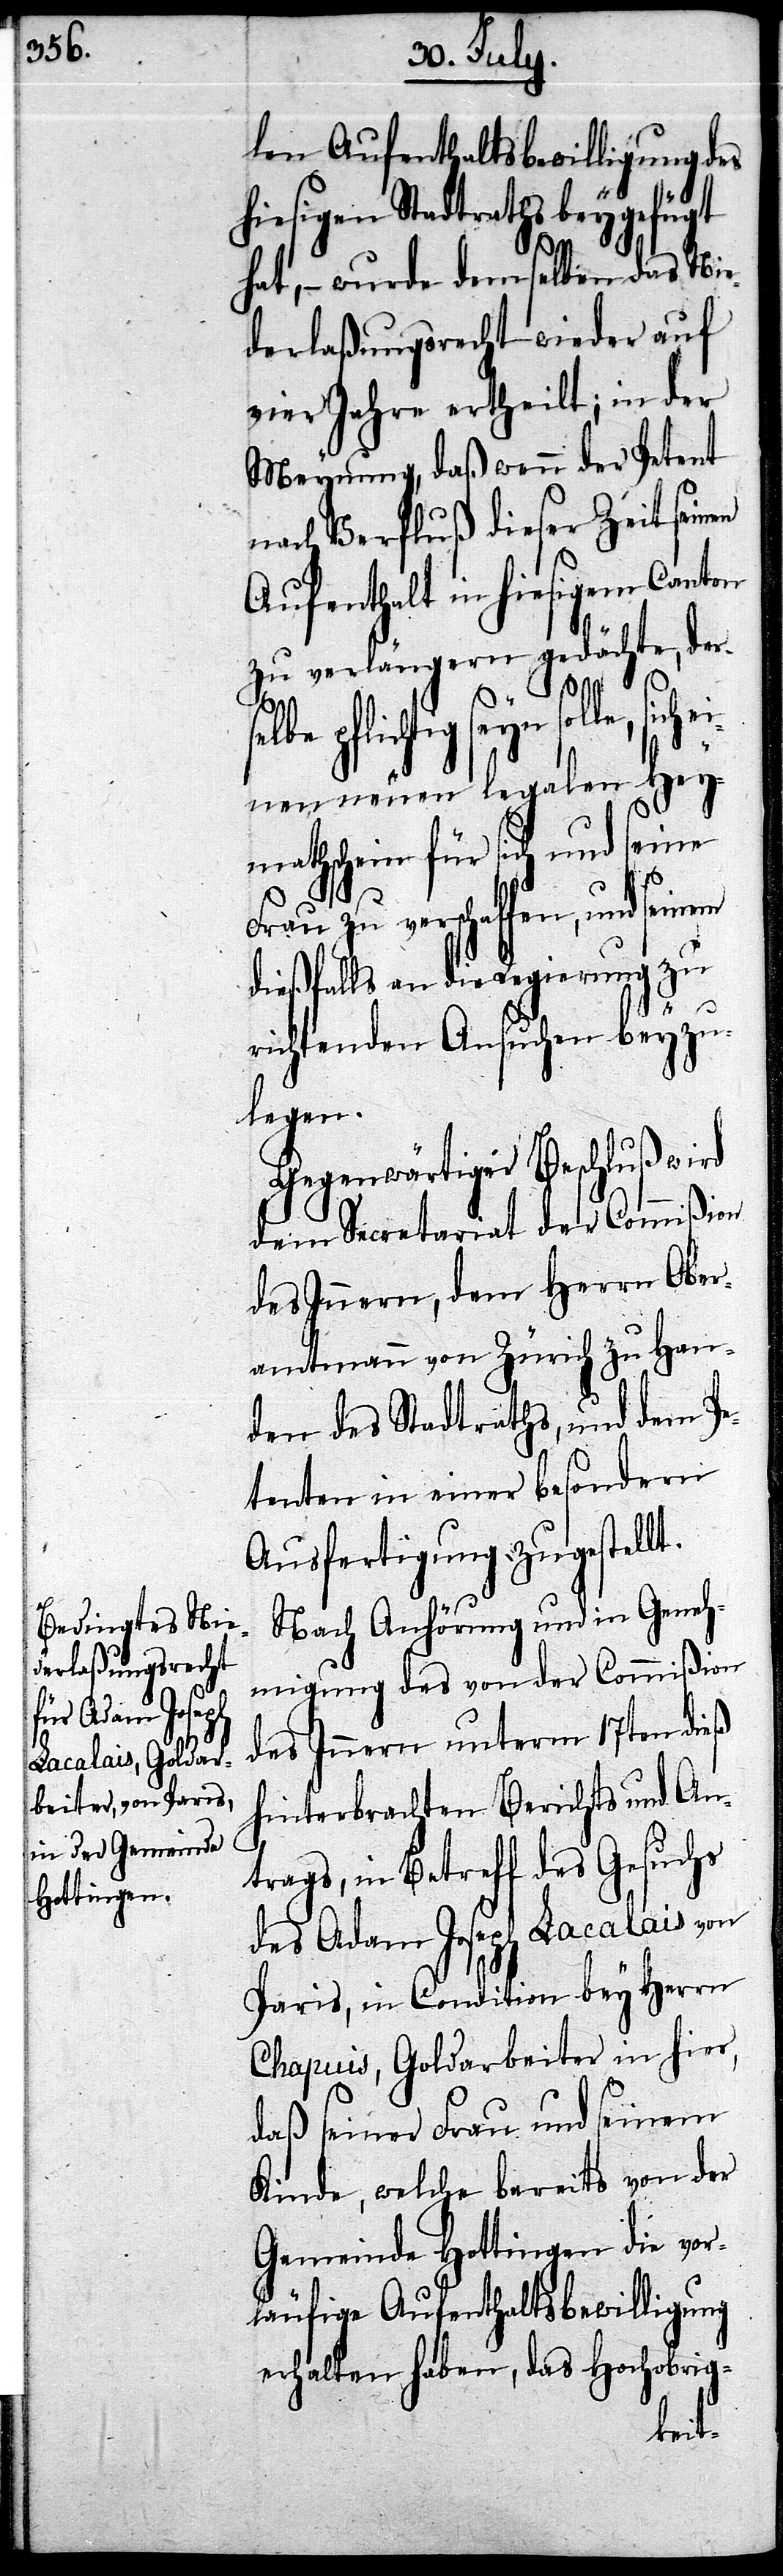
len Aufenthaltsbewilligung des
hiesigen Stadtraths beygefügt
hat, – wurde demselben das Nie¬
derlaßungsrecht wieder auf
vier Jahre ertheilt; in der
Meynung, daß wenn der Petent
nach Verfluß dieser Zeit seinen
Aufenthalt in hiesigem Canton
zu verlängern gedächte, ders¬
el¬
le, sich ei¬
nen neuen legalen Hey¬
matschein für sich und seine
Frau zu verschaffen, und seinem
dießfalls an die Regierung zu
richtenden Ansuchen beyzu¬
legen.
Gegenwärtiger Beschluß wird
dem Secretariat der Commißion
des Innern, dem Herrn Ober¬
amtmann von Zürich zu Han¬
den des Stadtraths, und dem Pe¬
tenten in einer besondern
Ausfertigung zugestellt.
Nach Anhörung und in Geneh¬
migung des von der Commißion
des Innern unterm 17ten dieß
hinterbrachten Berichts und An¬
trags, in Betreff des Gesuchs
des Adam Joseph Lacalais von
Paris, in Condition bey Herrn
Chapuis, Goldarbeiter in hier,
daß seiner Frau und seinem
Kinde, welche bereits von der
Gemeinde Hottingen die vor¬
läufige Aufenthaltsbewilligung
erhalten haben, das Hochobrig-